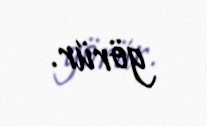
görür.